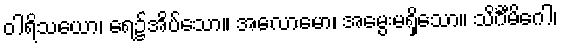
ဝါရိသယော၊ ရေ၌အိပ်သော။ အလောမော၊ အမွေးမရှိသော။ သိင်္ဂီမိဂေါ၊